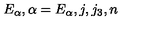
E _ { \alpha } , \alpha = E _ { \alpha } , j , j _ { 3 } , n